NAE_EAA_T-354_Tartu_Tamme_Gumnaasium, lk 94
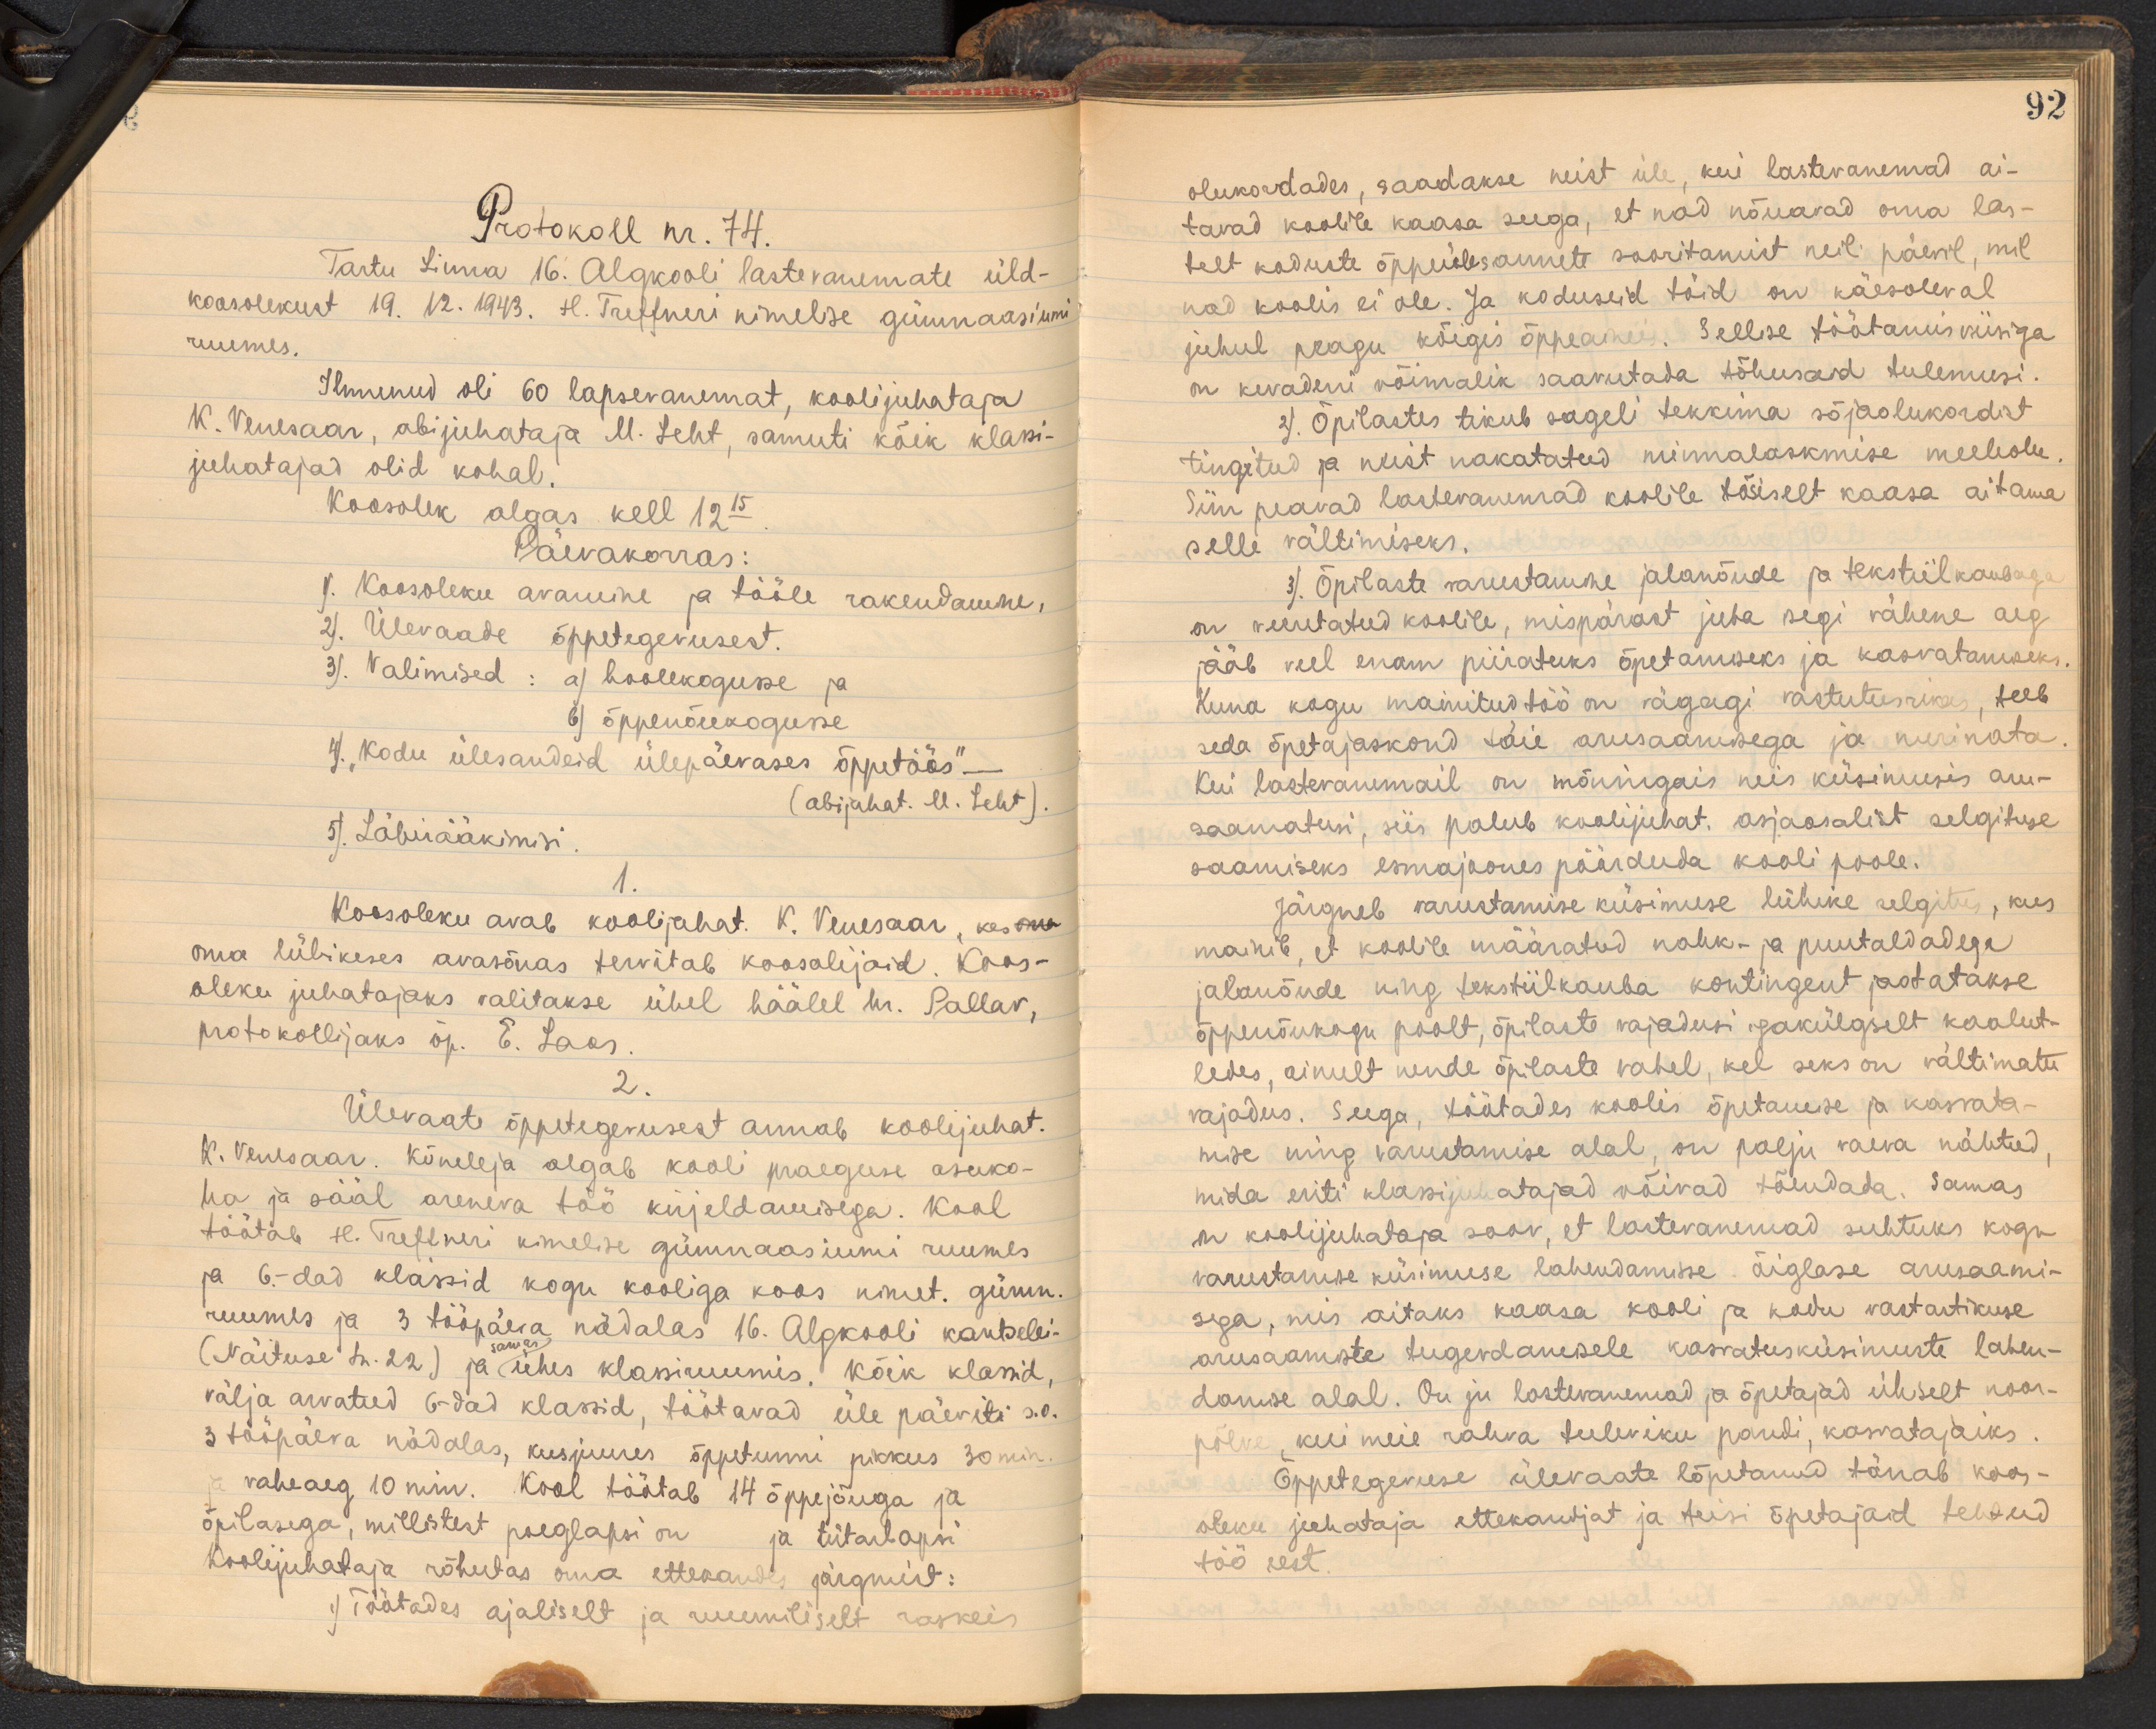
Protokoll nr. 74.
Tartu Linna 16. Algkooli lastevanemate üld-
koosolekust 19.12.1943. H. Treffneri nimelise gümnaasiumi
ruumes.
Ilmunud oli 60 lapsevanemat, koolijuhataja
K. Venesaar, abijuhataja M. Leht, samuti kõik klasi-
juhatajad olid kohal.
Koosolek algas kell 12.15
Päevakorras:
1). Koosoleku avamine ja tööle rakendamine,
2). Ülevaade õppetegevusest.
3). Valimised: a) hoolekogusse ja
b) õppenõukogusse.
4. "Kodu ülesandeid ülepäevases õppetöös" -
(abijuhat. M. Leht)
5. Läbiaääkimisi
1.
Koosoleku avab koolijuhat. K. Venesaar, kes
oma lühikeses avasõnas tervitab koosolijaid. Koos-
oleku juhatajaks valitakse ühel häälel hr. Pallav,
protokollijaks õp. E. Laas
2.
Ülevaate õppetegevusest annab koolijuhat.
K. Venesaar. Kõneleja algab kooli praeguse asuko-
ha ja sääl areneva töö kirjeldamisega. Kool
töötab H. Treffneri nimelise gümnaasiumi ruumes
ja 6.-dad klassid kogu kooliga koos nimet. gümn.
ruumes ja 3 tööpäeva nädalas 16. Algkooli kantselei
(Näituse tn. 22) ja samas ühes klassiruumis. Kõik klassid,
välja arvatud 6-dad klassid, töötavad üle päeviti s.o.
3 tööpäeva nädalas, kusjuures õppetunni pikkus 30 min.
vaheaeg 10 min. Kool töötab 14 õppejõuga ja
õpilasega, millistest poeglapsi on   ja tütarlapsi
Koolijuhataja rõhutas oma ettekandes järgmist:
1) Töötades ajaliselt ja ruumiliselt raskeis

92
olukordades, saadakse neist üle, kui lastevanemad ai-
tavad koolile kaasa seega, et nad nõuavad oma las-
telt koduste õppeülesannete sooritamist neil päevil, mil-
nad koolis ei ole. Ja koduseid töid on käesoleval
juhul peagu kõigis õppeaneis. Sellise töötamisviisiga
on kevadeni võimalik saavutada tõhusaid tulemusi.
2). Õpilastes tikub sageli tekkima sõjaolukordit
tingitud ja neist nakatatud minnalaskmise meeleolu
Siin peavad lastevanemad koolile tõsiselt kaasa aitama
selle vältimiseks.
3) Õpilaste varustamine jalanõude ja teksiilkaubaga
on veeretatud koolile, mispärast juba segi vähene aeg
jääb veel enam piiratuks õpetamiseks ja kasvatamiseks.
Kuna kogu mainitud töö on vägagi vastutusrikas, teeb
seda õpetajaskond täie arusaamisega ja nurinata.
Kui lastevanemail on mõningais neis küsimusis aru-
saamatusi, siis palub koolijuhat. asjaosalist selgituse
saamiseks esmajaones pöörduda kooli poole.
Järgneb varustamise küsimuse lühike selgitus, kus
mainib, et koolile määratud nahk- ja puutaldadega
jalanõude ning tekstiilkauba kontingent jaotatakse.
õppenõukogu poolt, õpilaste vajadusi igakülgselt kaalut-
ledes, ainult nende õpilaste vahel, kel seks on vältimatu
vajadus. Seega, töötades koolis õpetamise ja kasvata-
mise ning varustamise alal, on palju vaeva nähtud.
mida eriti klassijuhatajad võivad tõendada. Samas
on koolijuhataja soov, et lastevanemad suhtuks kogu
varustamise küsimuse lahendamisse õiglase arusaami-
sega, mis aitaks kaasa kooli ja kodu vastastikuse
arusaamiste tugevdamisele kasvatusküsimuste lahen-
damise alal. On ju lastevanemad ja õpetajad ühiselt noor-
põlve, kui meie rahva tuleviku pandi, kasvatajaiks.
õppetegevuse ülevaate lõpetanud tänab koos-
oleku juhataja ettekandjat ja teisi õpetajaid tehtud
töö eest.